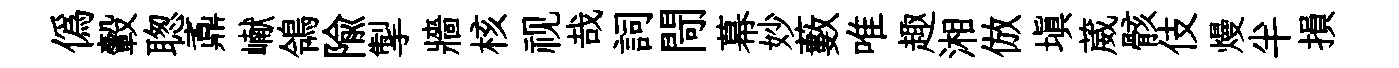
僞轂聦鼒𪩘鴒隃掣牆核视哉詞閜幕妙藪唯趣湘倣塡葳骸伎熳半損